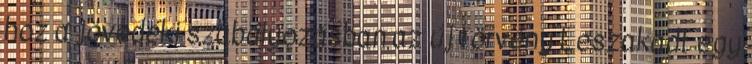
hoz a jövedéki szabályozásban az új törvény Leszakadt egy